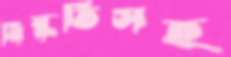
নিষ্কৃতিসহ